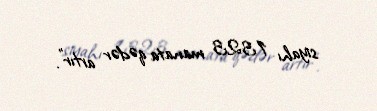
siyahı 1323 manata qədər artır".